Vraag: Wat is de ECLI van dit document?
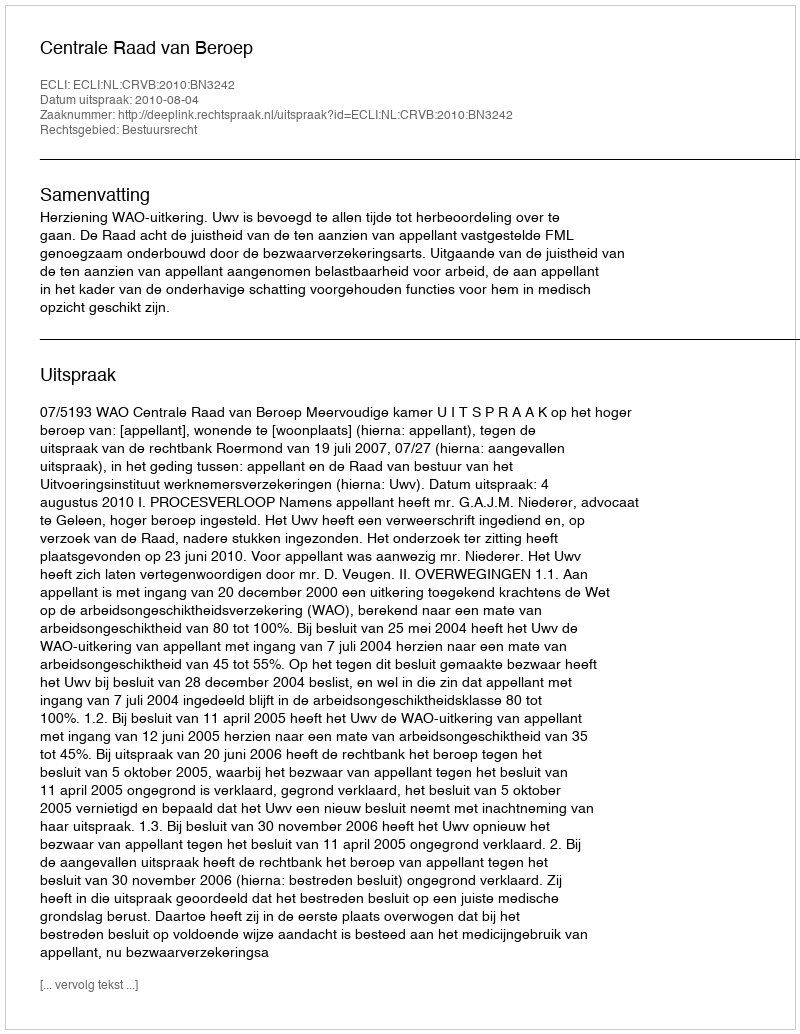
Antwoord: ECLI:NL:CRVB:2010:BN3242